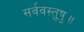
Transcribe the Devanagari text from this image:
सर्ववस्तुषु॥